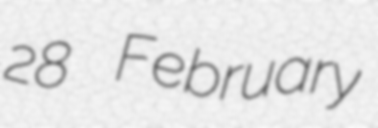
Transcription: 28 February